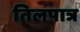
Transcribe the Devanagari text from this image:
तिलपात्र